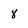
Character: 8